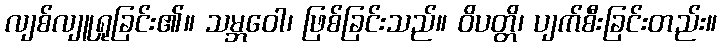
လျစ်လျူရှုခြင်း၏။ သမ္ဘဝေါ၊ ဖြစ်ခြင်းသည်။ ဝိပတ္တိ၊ ပျက်စီးခြင်းတည်း။